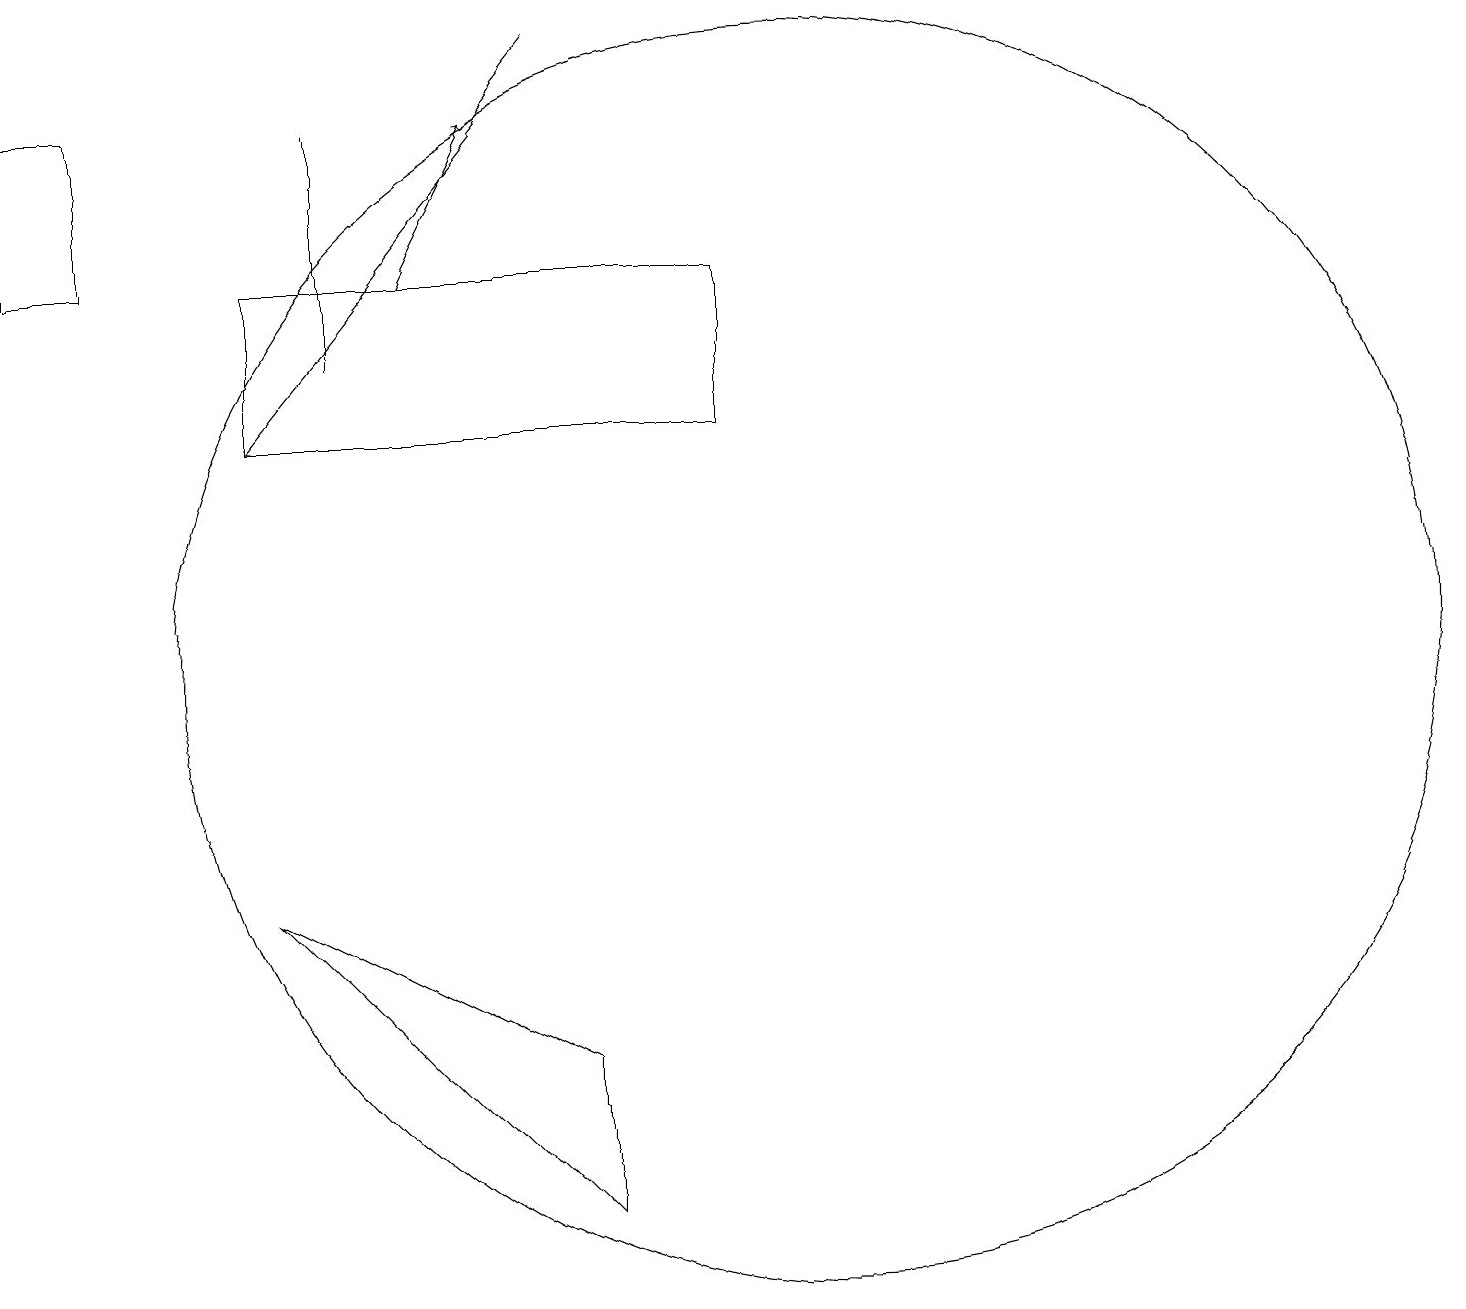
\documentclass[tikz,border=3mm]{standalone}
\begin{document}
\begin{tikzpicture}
\draw (3,7) -- (7,3) -- (7,5) -- cycle;
\draw (3,13) rectangle (9,15);
\draw (4,17) rectangle (4,14);
\draw[->] (7,18) -- (3,13);
\draw (10,10) circle (8);
\draw[->] (5,15) -- (6,17);
\draw (0,15) rectangle (1,17);
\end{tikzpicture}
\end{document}